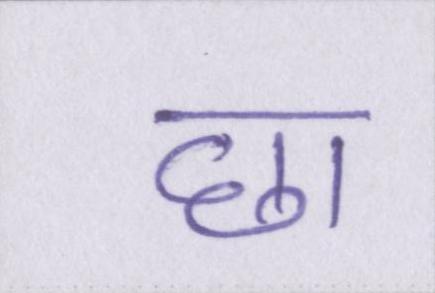
छा